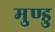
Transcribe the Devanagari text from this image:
मुण्डु